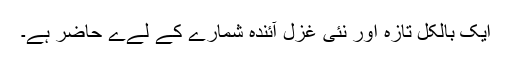
ایک بالکل تازہ اور نئی غزل آئندہ شمارے کے لےے حاضر ہے۔